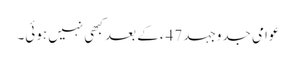
عوامی جدوجہد 47ء کے بعد کبھی نہیں ہوئی۔